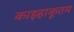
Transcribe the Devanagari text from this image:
काझ्हाकूतम